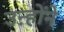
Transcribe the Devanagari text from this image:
उऩ्होंने